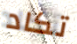
تكاد